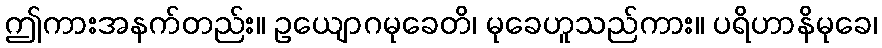
ဤကားအနက်တည်း။ ဥယျောဂမုခေတိ၊ မုခေဟူသည်ကား။ ပရိဟာနိမုခေ၊